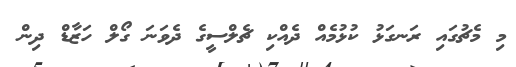
މި މެޗުގައި ރަނގަޅު ކުޅުމެއް ދެއްކި ޗެލްސީގެ ދެވަނަ ގޯލް ހަޒާޑް ދިން